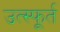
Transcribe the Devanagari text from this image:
उत्‍स्फूर्त